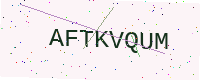
Text: AFTKVQUM